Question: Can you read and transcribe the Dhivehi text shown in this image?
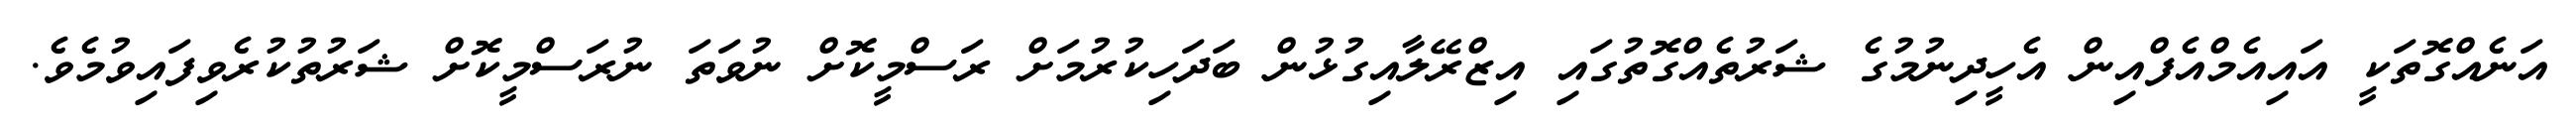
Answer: އަނެއްގޮތަކީ އައިއެމްއެފްއިން އެހީދިނުމުގެ ޝަރުތެއްގޮތުގައި އިޒްރޭލާއިގުޅުން ބަދަހިކުރުމަށް ރަސްމީކޮށް ނުވަތަ ނުރަސްމީކޮށް ޝަރުތުކުރެވިފައިވުމެވެ.